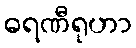
ဓရဏီရုဟာ